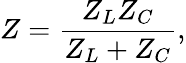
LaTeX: Z={\frac{Z_{L}Z_{C}}{Z_{L}+Z_{C}}},